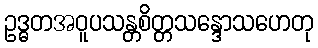
ဥဒ္ဓတအဝူပသန္တစိတ္တသန္ဒောသဟေတု